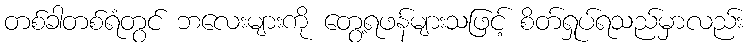
တစ်ခါတစ်ရံတွင် ဘလေးများကို တွေ့ရဖန်များသဖြင့် စိတ်ရှုပ်ရသည်မှာလည်း